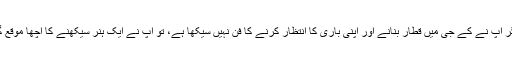
درحقیقت اگر آپ نے کے جی میں قطار بنانے اور اپنی باری کا انتظار کرنے کا فن نہیں سیکھا ہے، تو آپ نے ایک ہنر سیکھنے کا اچھا موقع گنوا دیا ہے۔